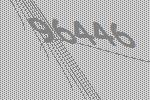
96446